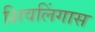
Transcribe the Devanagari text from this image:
शिवलिंगास